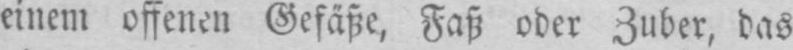
einem offenen Gefäße, Faß oder Zuber, das